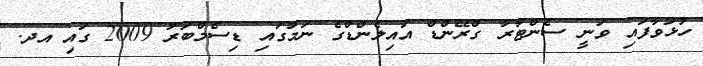
ހުޅުވާފައި ވަނީ ސެންޓާރާ ގްރޭންޑް އައިލެންޑްގެ ނަމުގައި ޑިސެމްބަރު 2009 ގައި އދ.